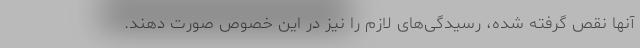
آنها نقص گرفته شده، رسیدگی‌های لازم را نیز در این خصوص صورت دهند.